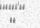
١٦